Annual returns of the Patna Lunatic Asylum at Bankipore in Bihar and Orissa - 1912-1924
Year: 1912
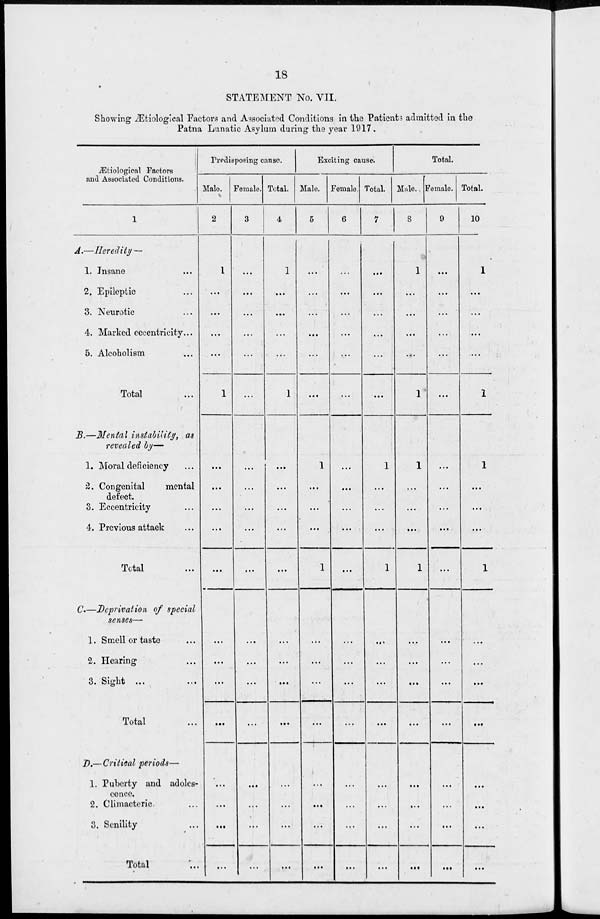
18
STATEMENT No. VII.
Showing Ætiological Factors and Associated Conditions in the Patients admitted in the
Patna Lunatic Asylum during the year 1917.
Ætiological Factors
and Associated Conditions.
1
A.—Heredity—
1. Insane ...
2. Epileptic ...
3. Neurotic ...
4. Marked eccentricity...
5. Alcoholism ...
Total ...
B.—Mental instability, as
revealed by—
1. Moral deficiency ...
2. Congenital
mental
defect.
3. Eccentricity ...
4. Previous attack ...
Total ...
C.—Deprivation of special
senses—
1. Smell or taste ...
2. Hearing ...
3. Sight ... ...
Total ...
D.—Critical periods—
1. Puberty and adoles-
cence.
2. Climacteric ...
3. Senility ...
Total ...
Predisposing cause.
Male.
2
1
...
...
...
...
1
...
...
...
...
...
...
...
...
...
...
...
...
...
Female.
3
...
...
...
...
...
...
...
...
...
...
...
...
...
...
...
...
...
...
...
Total.
4
1
...
...
...
...
1
...
...
...
...
...
...
...
...
...
...
...
...
...
Exciting cause.
Male.
5
...
...
...
...
...
...
1
...
...
...
1
...
...
...
...
...
...
...
...
Female.
6
...
...
...
...
...
...
...
...
...
...
...
...
...
...
...
...
...
...
...
Total.
7
...
...
...
...
...
...
1
...
...
...
1
...
...
...
...
...
...
...
...
Total.
Male.
8
1
...
...
...
...
1
1
...
...
...
1
...
...
...
...
...
...
...
...
Female.
9
...
...
...
...
...
...
...
...
...
...
...
...
...
...
...
...
...
...
...
Total.
10
1
...
...
...
...
1
1
...
...
...
1
...
...
...
...
...
...
...
...